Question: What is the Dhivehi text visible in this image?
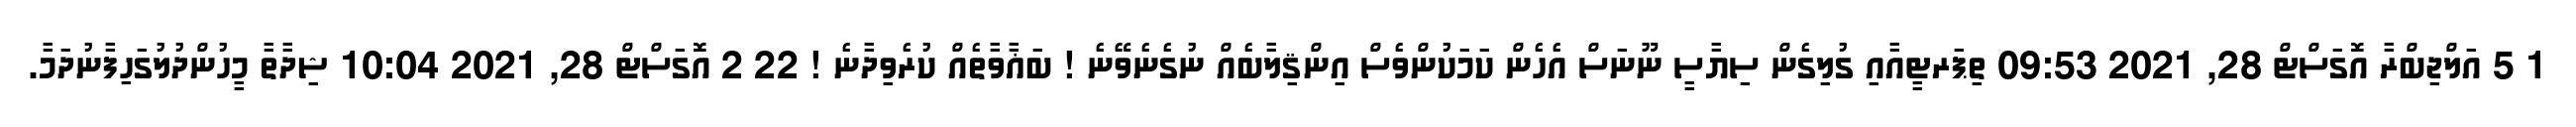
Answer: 1 5 އަލްޖިބްރާ އޮގަސްޓް 28, 2021 09:53 ތިޕަރޓީއާއި ގުލިގެން ސިޔާސީ ނޫނަސް އެހެން ކަމަކުންވެސް އިންޤިލާބެއް ނުގެނެވޭނެ ! ބަޣާވާތެއް ކުރެވިދާނެ ! 22 2 އޮގަސްޓް 28, 2021 10:04 ޝިދާތާ މީހުންދުލުގަހިފާނުދަމާ.